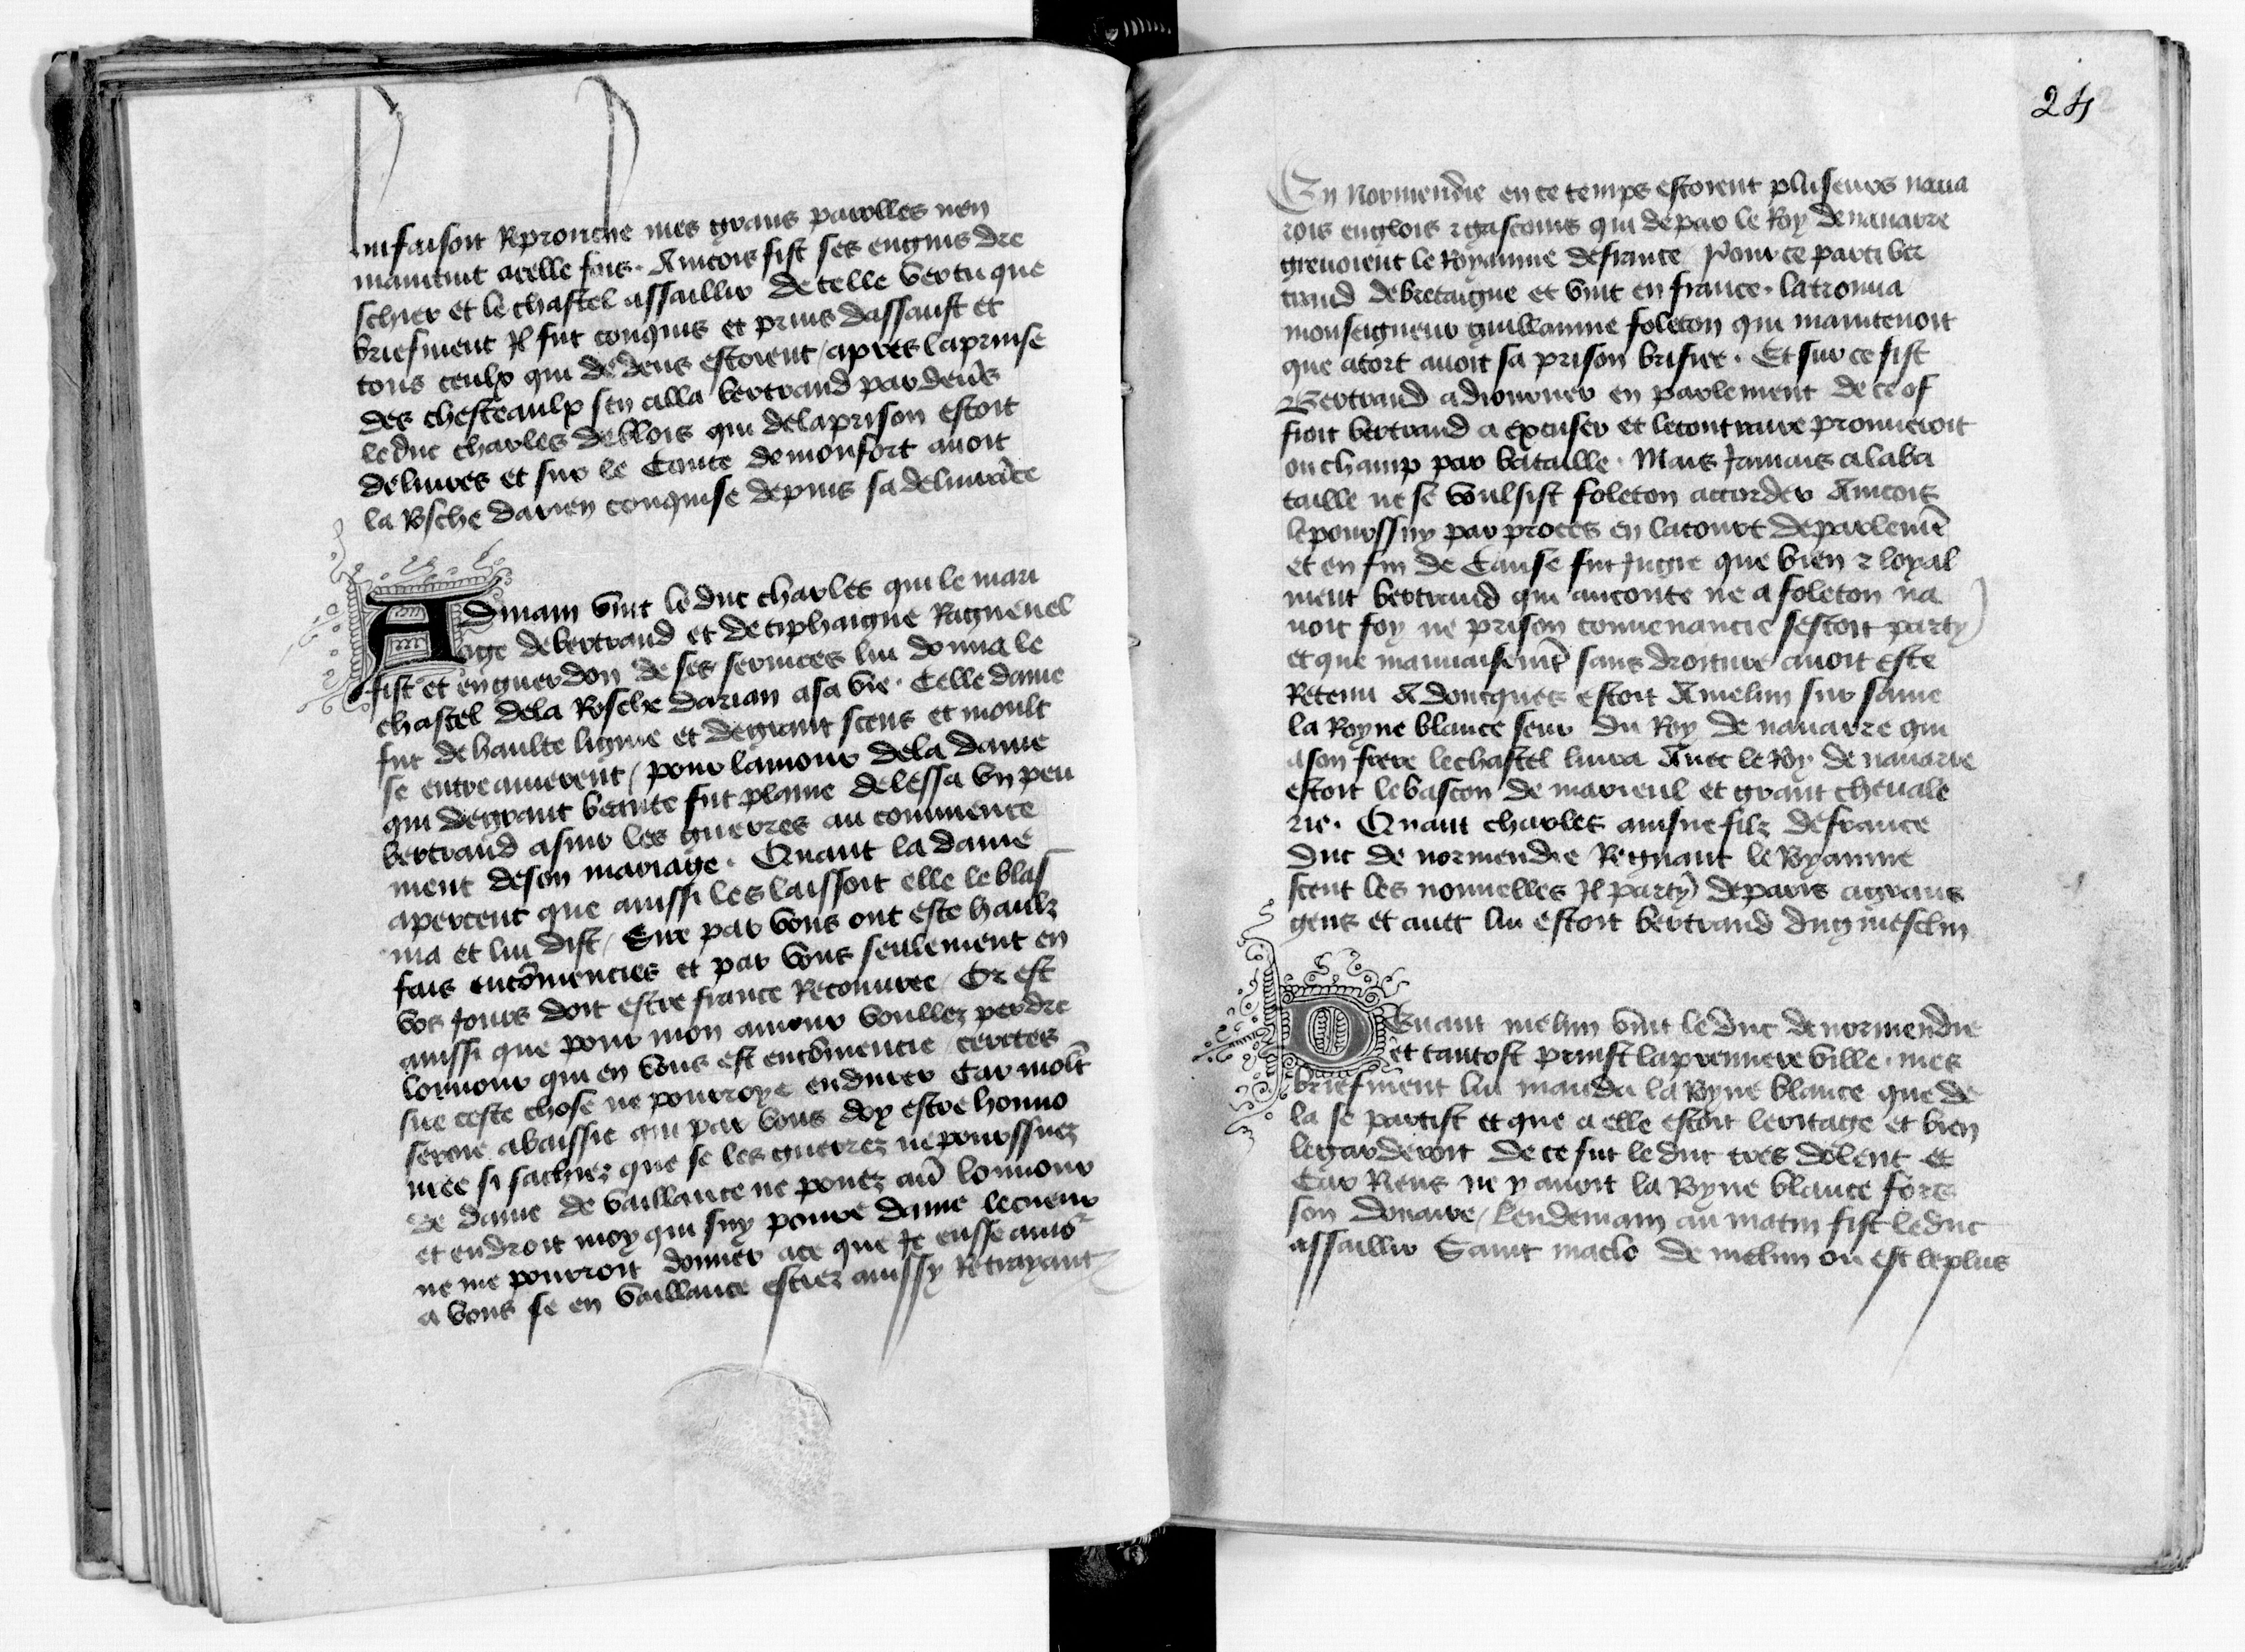
Shelfmark: Paris, BnF, fr. 1984
Century: 15